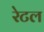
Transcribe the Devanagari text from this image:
रेटल